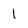
Character: I